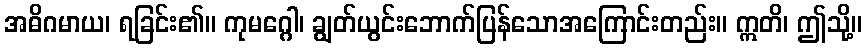
အဓိဂမာယ၊ ရခြင်း၏။ ကုမဂ္ဂေါ၊ ချွတ်ယွင်းဘောက်ပြန်သောအကြောင်းတည်း။ ဣတိ၊ ဤသို့။